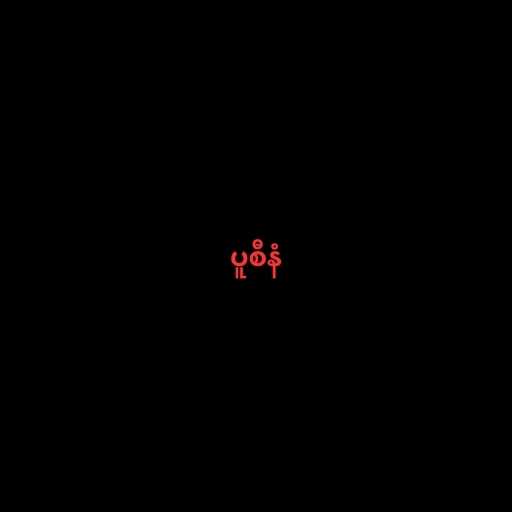
ပူစီနံ